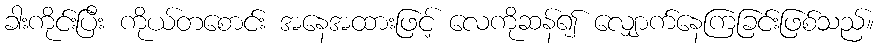
ခါးကိုင်းပြီး ကိုယ်တစောင်း အနေအထားဖြင့် လေကိုဆန်၍ လျှောက်နေကြခြင်းဖြစ်သည်။